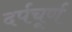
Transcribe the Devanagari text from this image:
दर्पचूर्ण